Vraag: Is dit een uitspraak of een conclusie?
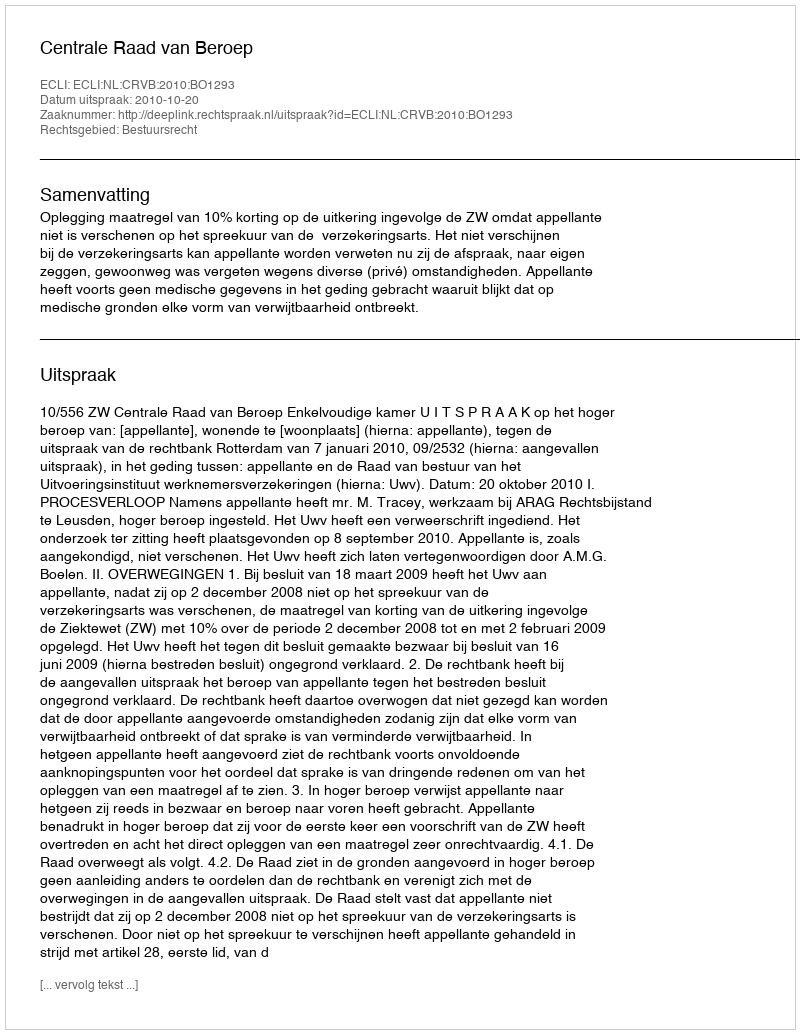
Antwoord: Uitspraak